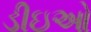
ડીઇઓ